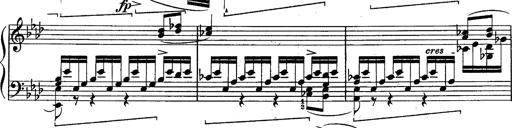
Title: Schubert's Impromptus [revised and edited by Franz Liszt]
Composer: Franz Liszt